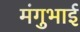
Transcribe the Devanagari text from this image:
मंगुभाई